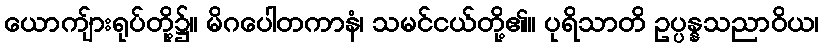
ယောကျ်ားရုပ်တို့၌။ မိဂပေါတကာနံ၊ သမင်ငယ်တို့၏။ ပုရိသာတိ ဥပ္ပန္နသညာဝိယ၊